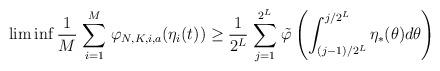
LaTeX: \begin{align*}\liminf \frac{1}{M}\underset{i = 1}{\stackrel{M}{\sum}} \varphi_{N,K,i,a}(\eta_i(t)) \geq \frac{1}{2^L} \underset{j = 1}{\stackrel{2^L}{\sum}} \tilde{\varphi}\left(\int_{(j-1)/2^L}^{j/2^L}{\eta_*(\theta)d\theta}\right)\end{align*}